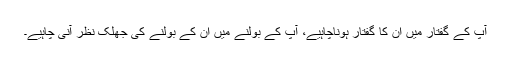
آپ کے گفتار میں اُن کا گفتار ہوناچاہیے، آپ کے بولنے میں اُن کے بولنے کی جھلک نظر آنی چاہیے۔